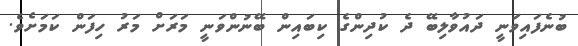
ބުނެފައިވަނީ ދައުވާލިބޭ ދެ ކުދިންގެ ކިބައިން ބޭނުންވަނީ މަރަށް މަރު ހިފަން ކަމަށެވެ.